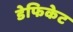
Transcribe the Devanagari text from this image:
डेफिकेट